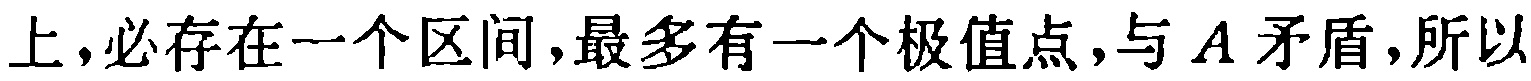
上，必存在一个区间，最多有一个极值点，与 \(A\) 矛盾，所以